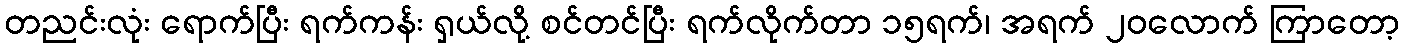
တညင်းလုံး ရောက်ပြီး ရက်ကန်း ရှယ်လို့ စင်တင်ပြီး ရက်လိုက်တာ ၁၅ရက်၊ အရက် ၂၀လောက် ကြာတော့